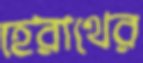
হেরাথের